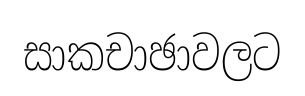
සාකචාඡාවලට